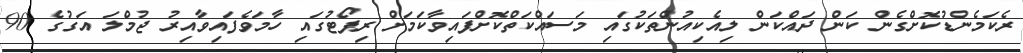
ރެކަމެންޑުކޮށްގެން ކަން ދައްކަން ލިއެކިއުންތަކުގައި މަސައްކަތްކޮށްފައިވާކަމަށް ރިޕޯޓުގައި ހާމަވެފައިވާއިރު ޖުމްލަ އަގުގެ 90